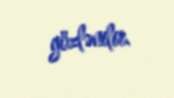
gözlənilir.